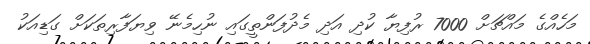
މަހެއްގެ މައްޗަށް 7000 ރުފިޔާ ކުދި އަދި މެދުފަންތީގައި ނުހިމެނޭ ވިޔަފާރިތަކަށް ގަޑިއަކު